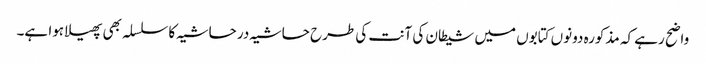
واضح رہے کہ مذکورہ دونوں کتابوں میں شیطان کی آنت کی طرح حاشیہ در حاشیہ کا سلسلہ بھی پھیلا ہوا ہے۔